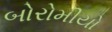
બોરોમીયો